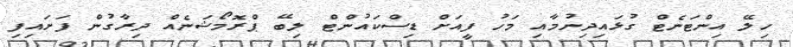
ހިލޭ އިންޓަނެޓް ގުޅައިދިނުމާއި މަހު ފީއަށް ޑިސްކައުންޓް ލިބޭ ޕްރޮމޯޝަނެއް ދިރާގުން ފަށައިފި